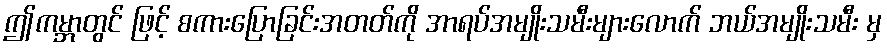
ဤကမ္ဘာတွင် ဖြင့် စကားပြောခြင်းအတတ်ကို အာရပ်အမျိုးသမီးများလောက် ဘယ်အမျိုးသမီး မှ